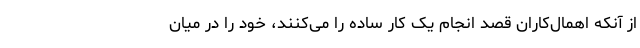
از آنکه اهمال‌کاران قصد انجام یک کار ساده را می‌کنند، خود را در میان